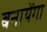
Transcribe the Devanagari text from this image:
बनायेंगा